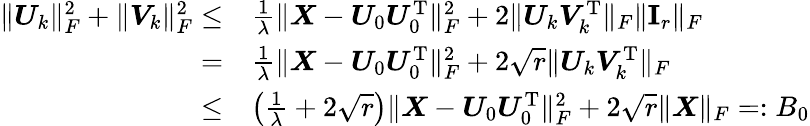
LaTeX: \begin{array}{rl}{\| \boldsymbol{U}_{k}\| _{F}^{2}+\| \boldsymbol{V}_{k}\| _{F}^{2}\leq}&{\frac{1}{\lambda}\| \boldsymbol{X}-\boldsymbol{U}_{0}\boldsymbol{U}_{0}^{\mathrm{T}}\| _{F}^{2}+2\| \boldsymbol{U}_{k}\boldsymbol{V}_{k}^{\mathrm{T}}\| _{F}\| {\mathbf I}_{r}\| _{F}}\\ {=}&{\frac{1}{\lambda}\| \boldsymbol{X}-\boldsymbol{U}_{0}\boldsymbol{U}_{0}^{\mathrm{T}}\| _{F}^{2}+2\sqrt{r}\| \boldsymbol{U}_{k}\boldsymbol{V}_{k}^{\mathrm{T}}\| _{F}}\\ {\leq}&{\left(\frac{1}{\lambda}+2\sqrt{r}\right)\| \boldsymbol{X}-\boldsymbol{U}_{0}\boldsymbol{U}_{0}^{\mathrm{T}}\| _{F}^{2}+2\sqrt{r}\| \boldsymbol{X}\| _{F}=:B_{0}}\end{array}